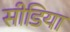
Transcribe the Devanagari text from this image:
सीडिया